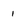
Character: 1